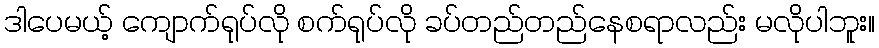
ဒါပေမယ့် ကျောက်ရုပ်လို စက်ရုပ်လို ခပ်တည်တည်နေစရာလည်း မလိုပါဘူး။